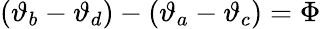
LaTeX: (\vartheta_{b}-\vartheta_{d})-(\vartheta_{a}-\vartheta_{c})=\Phi